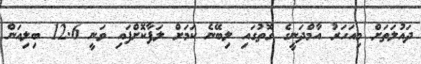
ދައުލަތަށް މިއަހަރު އާމްދަނީގެ ގޮތުގައި ލިބޭނެ ކަމަށް ލަފާކޮށްފައި ވަނީ 12.6 ބިލިއަން